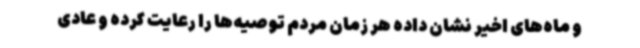
و ماه‌های اخیر نشان داده هر زمان مردم توصیه‌ها را رعایت کرده و عادی